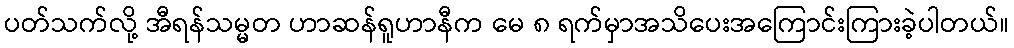
ပတ်သက်လို့ အီရန်သမ္မတ ဟာဆန်ရူဟာနီက မေ ၈ ရက်မှာအသိပေးအကြောင်းကြားခဲ့ပါတယ်။